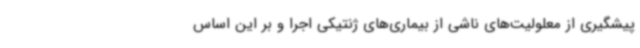
پیشگیری از معلولیت‌های ناشی از بیماری‌های ژنتیکی اجرا و بر این اساس